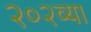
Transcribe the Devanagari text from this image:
२०२व्या